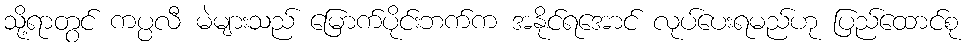
သို့ရာတွင် ကပ္ပလီ မဲများသည် မြောက်ပိုင်းဘက်က အနိုင်ရအောင် လုပ်ပေးရမည်ဟု ပြည်ထောင်စု